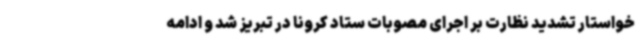
خواستار تشدید نظارت بر اجرای مصوبات ستاد کرونا در تبریز شد و ادامه